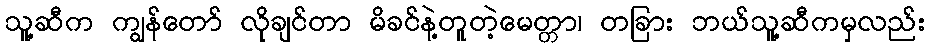
သူ့ဆီက ကျွန်တော် လိုချင်တာ မိခင်နဲ့တူတဲ့မေတ္တာ၊ တခြား ဘယ်သူ့ဆီကမှလည်း